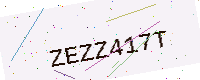
Text: ZEZZ417T